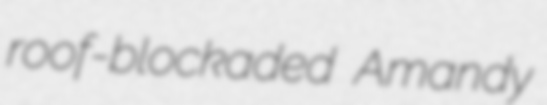
roof-blockaded Amandy